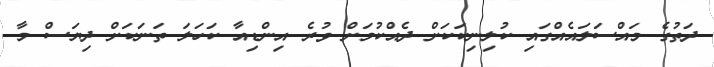
ދަތުގެ މައްސަލައެއްގައި ކުލިނިކަކަށް ދެއްކުމަށް ވުރެ އިންޑިއާ ކަހަލަ ތަނަކަށް ދިޔަސް މާ